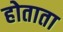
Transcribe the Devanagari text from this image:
होताता